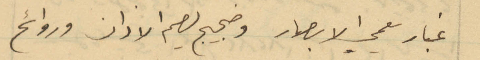
غبار يعمي الابصار وضجيج يصم الاذان وروائح